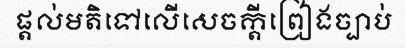
ផ្តល់មតិទៅលើសេចក្តីព្រៀងច្បាប់